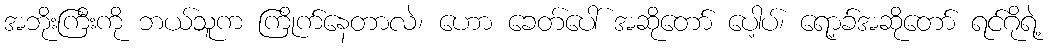
အဘိုးကြီးကို ဘယ်သူက ကြိုက်နေတာလဲ၊ ဟော ခေတ်ပေါ် အဆိုတော် ပေါ့ပ်၊ ရော့ခ်အဆိုတော် ရင်ဂိုရဲ့